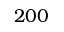
2 0 0